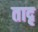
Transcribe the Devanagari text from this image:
तादृ